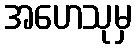
အဟေသုမှ